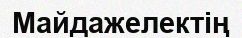
Майдажелектің